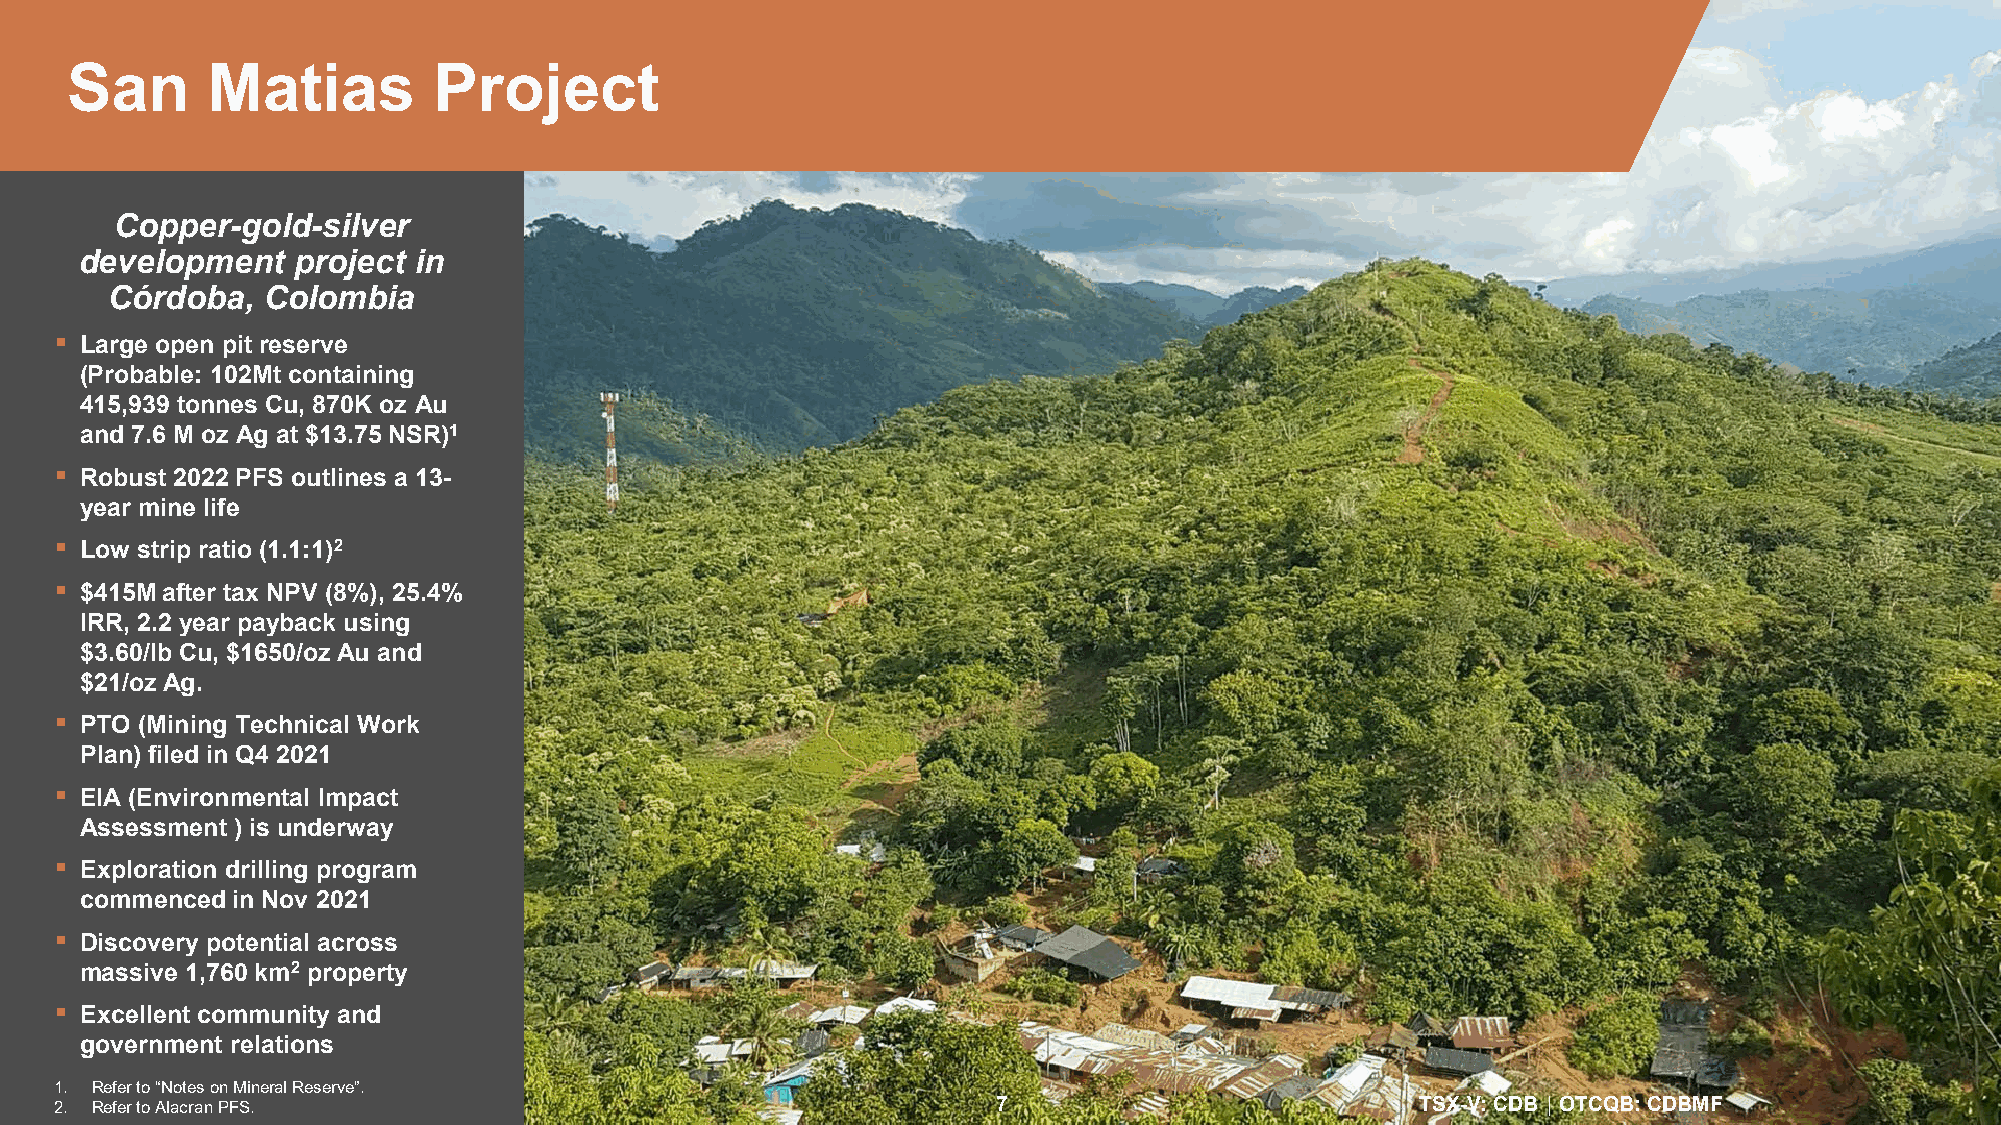
San       Matias         Project
 Copper-gold-silver
 development   project in
 Córdoba,  Colombia
 
 Large open pit reserve
 (Probable: 102Mt containing
 415,939 tonnes Cu, 870K oz Au
 and 7.6 M oz Ag at $13.75 NSR)1
 
 Robust 2022 PFS outlines a 13-
 year mine life
  Low strip ratio (1.1:1)2
 
 $415M after tax NPV (8%), 25.4%
 IRR, 2.2 year payback using
 $3.60/lb Cu, $1650/oz Au and
 $21/oz Ag.
 
 PTO (Mining Technical Work
 Plan) filed in Q4 2021
 
 EIA (Environmental Impact
 Assessment ) is underway
 
 Exploration drilling program
 commenced in Nov 2021
 
 Discovery potential across
 massive 1,760 km2 property
 
 Excellent community and
 government relations                                                                                 TSX-V: CDB │ OTCQB: CDBMF
 1. Refer to “Notes on Mineral Reserve”.
 2. Refer to Alacran PFS.                                      7                           TSX-V: CDB │ OTCQB: CDBMF